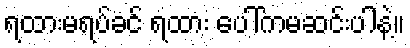
ရထားမရပ်ခင် ရထား ပေါ်ကမဆင်းပါနဲ့။